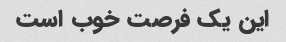
این یک فرصت خوب است